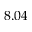
8 . 0 4